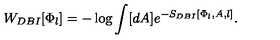
W _ { D B I } [ \Phi _ { l } ] = - \log \int [ d A ] e ^ { - S _ { D B I } [ \Phi _ { l } , A , l ] } .